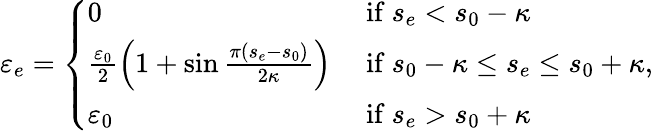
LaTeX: \varepsilon_{e}=\left\{ \begin{array}{ll}{0}&{\mathrm{~if~}s_{e}<s_{0}-\kappa}\\ {\frac{\varepsilon_{0}}{2}\left(1+\sin\frac{\pi\left(s_{e}-s_{0}\right)}{2\kappa}\right)}&{\mathrm{~if~}s_{0}-\kappa\leq s_{e}\leq s_{0}+\kappa}\\ {\varepsilon_{0}}&{\mathrm{~if~}s_{e}>s_{0}+\kappa}\end{array}\right.,